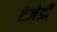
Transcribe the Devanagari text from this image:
टेजेडी